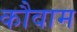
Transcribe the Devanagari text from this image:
कौवाम